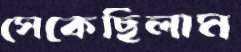
সেকেছিলাম